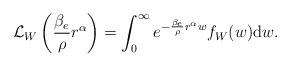
LaTeX: \begin{align*} \mathcal{L}_{W} \left(\frac{\beta_e}{\rho} r^\alpha \right) = \int_{0}^{\infty} e^{-\frac{\beta_e}{\rho} r^\alpha w} f_W(w) \mathrm{d}{w}.\end{align*}